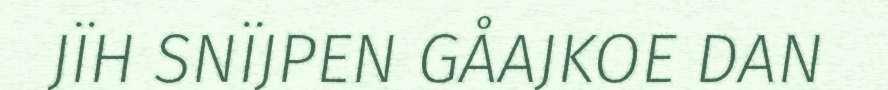
JÏH SNÏJPEN GÅAJKOE DAN